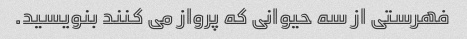
فهرستی از سه حیوانی که پرواز می کنند بنویسید.